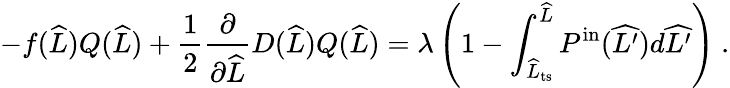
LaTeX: -f(\widehat{L})Q(\widehat{L})+\frac{1}{2}\frac{\partial}{\partial\widehat{L}}D(\widehat{L})Q(\widehat{L})=\lambda\left(1-\int_{\widehat{L}_{\mathrm{ts}}}^{\widehat{L}}P^{\mathrm{in}}(\widehat{L^{\prime}})d\widehat{L^{\prime}}\right)\ .